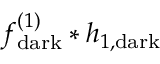
f _ { \mathrm { d a r k } } ^ { ( 1 ) } * h _ { 1 , \mathrm { d a r k } }